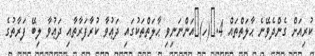
ކުރިއަށް ގެންދެވޭނެ ޙާލަތްތައް 4.	(ހ)	އަންނަނިވި ޙާލަތްތަކުގައި ދަޢުވާ ކުރާފަރާތާއި ދަޢުވާ ލިބޭ ފަރާތުގެ